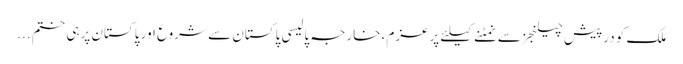
ملک کو درپیش چیلنجز سے نمٹنے کیلئے پرعزم ،خارجہ پالیسی پاکستان سے شروع اور پاکستان پرہی ختم ...